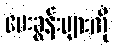
မေးခွန်းများကို